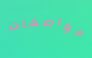
مواصفات